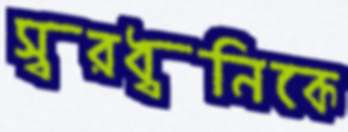
স্বরধ্বনিকে